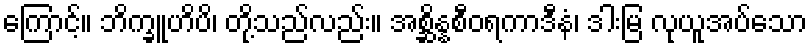
ကြောင့်။ ဘိက္ခူဟိပိ၊ တို့သည်လည်း။ အစ္ဆိန္နစီဝရကာဒီနံ၊ ဒါးမြ လုယူအပ်သော